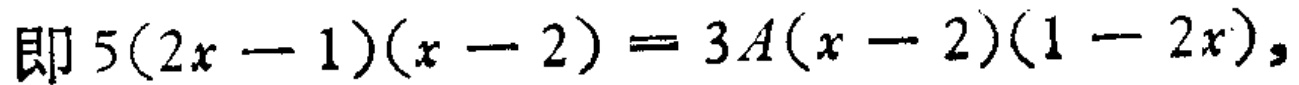
即 \(5(2x - 1)(x - 2)=3A(x - 2)(1 - 2x)\)，